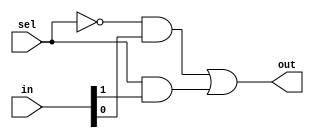
module Mux21(out, in, sel);
    input [1:0] in;//2 bit input
    input sel;
    output out;

    wire notSel, out1, out2;//3 wires

    not not0(notSel, sel); //calling not function with 2 paremeters
    and and0(out1, notSel, in[0]);//calling and function with 3 paremeters
    and and1(out2, sel, in[1]);//calling and function with 3 paremeters
    or or0(out, out1, out2);//calling or function with 3 paremeters

endmodule